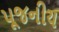
પૂજનીય